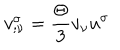
LaTeX: v _ { ; \nu } ^ { \sigma } = \frac { \Theta } { 3 } v _ { \nu } u ^ { \sigma }